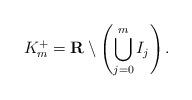
LaTeX: \begin{align*} K^+_m=\mathbf{R}\setminus \left(\bigcup_{j=0}^m I_j\right).\end{align*}